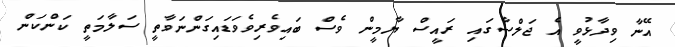
އޭނާ ވިދާޅުވީ އެ ޖަލްސާގައި ރައީސް ޔާމީން ވެސް ބައިވެރިވެވަޑައިގަންނަވާތީ ސަލާމަތީ ކަންކަން